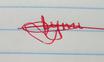
Signature authenticity: genuine